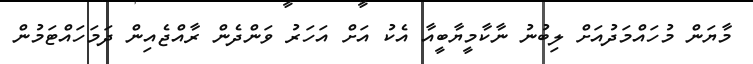
މާޔަން މުހައްމަދުއަށް ލިބުނު ނާކާމީޔާބީއާ އެކު އަށް އަހަރު ވަންދެން ރާއްޖެއިން ދަމަހައްޓަމުން